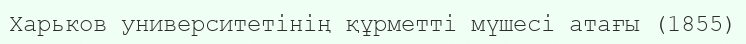
Харьков университетінің құрметті мүшесі атағы (1855)